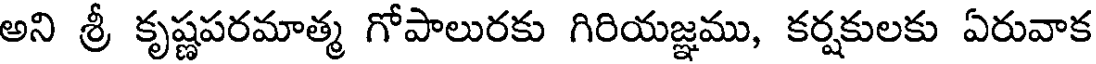
అని శ్రీ కృష్ణపరమాత్మ గోపాలురకు గిరియజ్ఞము, కర్షకులకు ఏరువాక